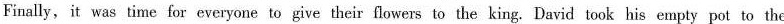
Finally, it was time for everyone to give their flowers to the king. David took his empty pot to the